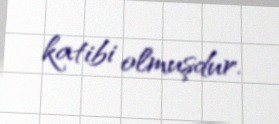
katibi olmuşdur.